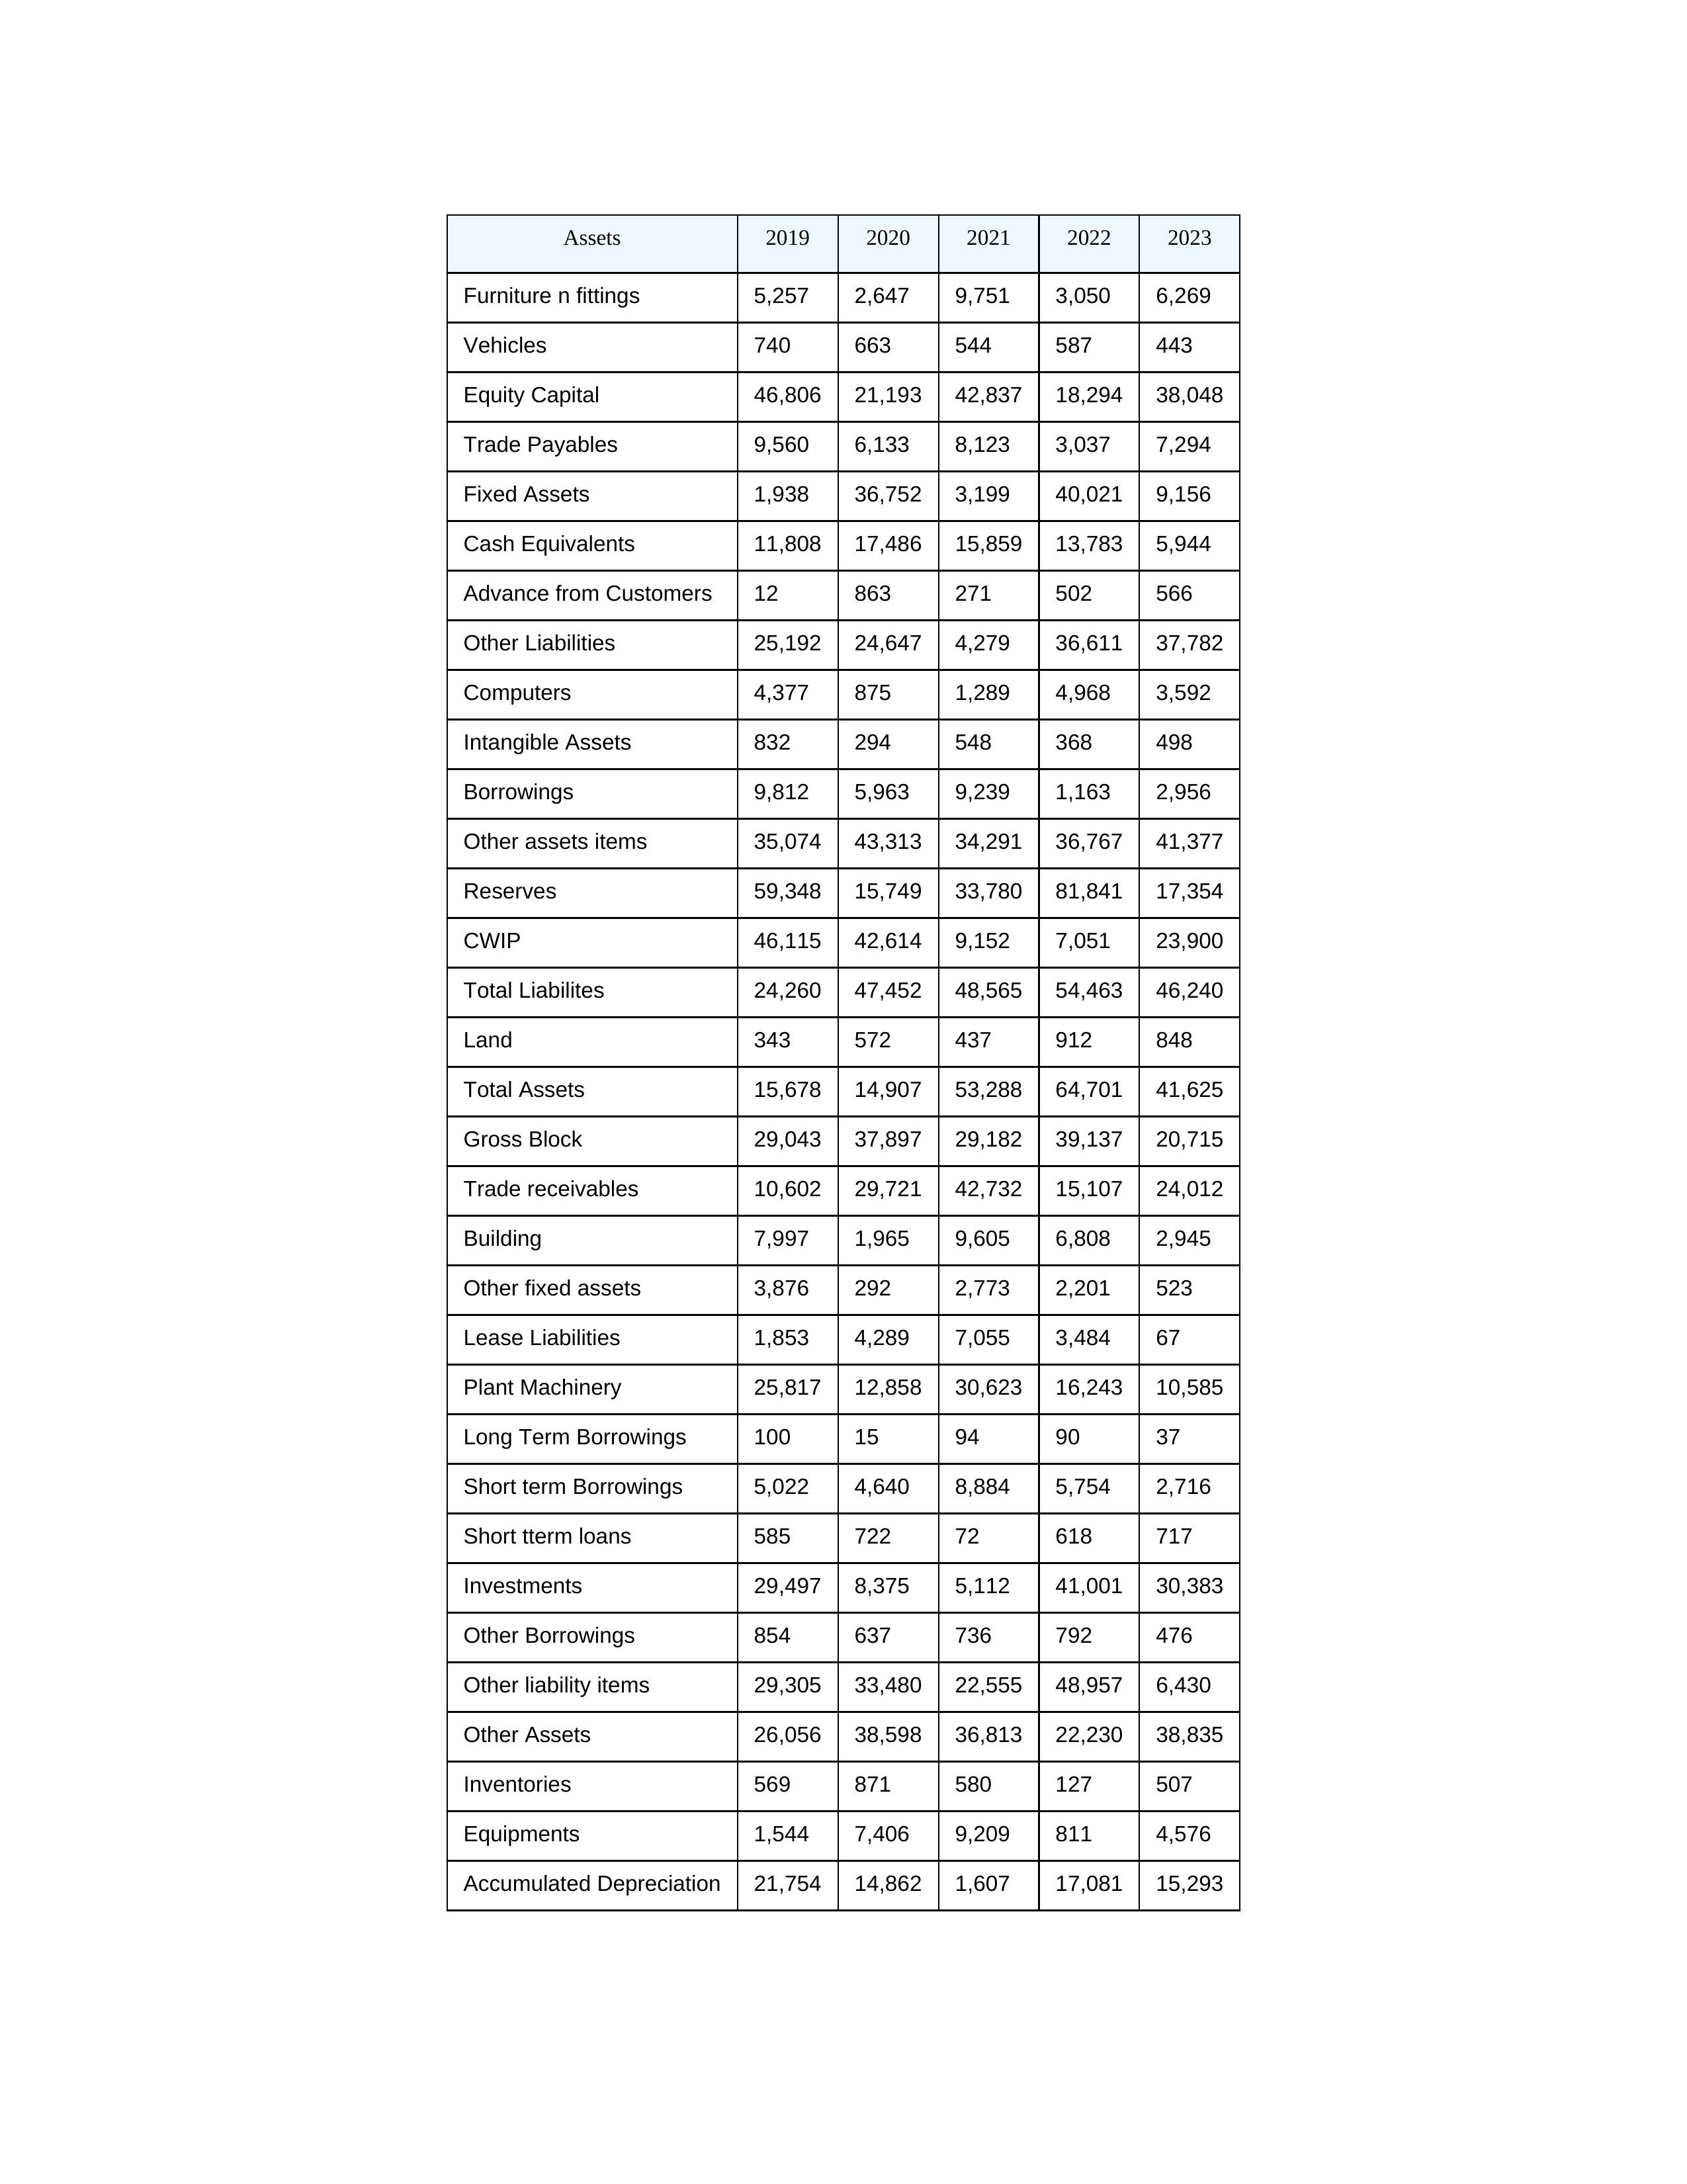
gt_parse: 2019: Equity Capital: 46,806
Reserves: 59,348
Borrowings: 9,812
Long Term Borrowings: 100
Short term Borrowings: 5,022
Lease Liabilities: 1,853
Other Borrowings: 854
Other Liabilities: 25,192
Trade Payables: 9,560
Advance from Customers: 12
Other liability items: 29,305
Total Liabilites: 24,260
Fixed Assets: 1,938
Land: 343
Building: 7,997
Plant Machinery: 25,817
Equipments: 1,544
Computers: 4,377
Furniture n fittings: 5,257
Vehicles: 740
Intangible Assets: 832
Other fixed assets: 3,876
Gross Block: 29,043
Accumulated Depreciation: 21,754
CWIP: 46,115
Investments: 29,497
Other Assets: 26,056
Inventories: 569
Trade receivables: 10,602
Cash Equivalents: 11,808
Short tterm loans: 585
Other assets items: 35,074
Total Assets: 15,678
2020: Equity Capital: 21,193
Reserves: 15,749
Borrowings: 5,963
Long Term Borrowings: 15
Short term Borrowings: 4,640
Lease Liabilities: 4,289
Other Borrowings: 637
Other Liabilities: 24,647
Trade Payables: 6,133
Advance from Customers: 863
Other liability items: 33,480
Total Liabilites: 47,452
Fixed Assets: 36,752
Land: 572
Building: 1,965
Plant Machinery: 12,858
Equipments: 7,406
Computers: 875
Furniture n fittings: 2,647
Vehicles: 663
Intangible Assets: 294
Other fixed assets: 292
Gross Block: 37,897
Accumulated Depreciation: 14,862
CWIP: 42,614
Investments: 8,375
Other Assets: 38,598
Inventories: 871
Trade receivables: 29,721
Cash Equivalents: 17,486
Short tterm loans: 722
Other assets items: 43,313
Total Assets: 14,907
2021: Equity Capital: 42,837
Reserves: 33,780
Borrowings: 9,239
Long Term Borrowings: 94
Short term Borrowings: 8,884
Lease Liabilities: 7,055
Other Borrowings: 736
Other Liabilities: 4,279
Trade Payables: 8,123
Advance from Customers: 271
Other liability items: 22,555
Total Liabilites: 48,565
Fixed Assets: 3,199
Land: 437
Building: 9,605
Plant Machinery: 30,623
Equipments: 9,209
Computers: 1,289
Furniture n fittings: 9,751
Vehicles: 544
Intangible Assets: 548
Other fixed assets: 2,773
Gross Block: 29,182
Accumulated Depreciation: 1,607
CWIP: 9,152
Investments: 5,112
Other Assets: 36,813
Inventories: 580
Trade receivables: 42,732
Cash Equivalents: 15,859
Short tterm loans: 72
Other assets items: 34,291
Total Assets: 53,288
2022: Equity Capital: 18,294
Reserves: 81,841
Borrowings: 1,163
Long Term Borrowings: 90
Short term Borrowings: 5,754
Lease Liabilities: 3,484
Other Borrowings: 792
Other Liabilities: 36,611
Trade Payables: 3,037
Advance from Customers: 502
Other liability items: 48,957
Total Liabilites: 54,463
Fixed Assets: 40,021
Land: 912
Building: 6,808
Plant Machinery: 16,243
Equipments: 811
Computers: 4,968
Furniture n fittings: 3,050
Vehicles: 587
Intangible Assets: 368
Other fixed assets: 2,201
Gross Block: 39,137
Accumulated Depreciation: 17,081
CWIP: 7,051
Investments: 41,001
Other Assets: 22,230
Inventories: 127
Trade receivables: 15,107
Cash Equivalents: 13,783
Short tterm loans: 618
Other assets items: 36,767
Total Assets: 64,701
2023: Equity Capital: 38,048
Reserves: 17,354
Borrowings: 2,956
Long Term Borrowings: 37
Short term Borrowings: 2,716
Lease Liabilities: 67
Other Borrowings: 476
Other Liabilities: 37,782
Trade Payables: 7,294
Advance from Customers: 566
Other liability items: 6,430
Total Liabilites: 46,240
Fixed Assets: 9,156
Land: 848
Building: 2,945
Plant Machinery: 10,585
Equipments: 4,576
Computers: 3,592
Furniture n fittings: 6,269
Vehicles: 443
Intangible Assets: 498
Other fixed assets: 523
Gross Block: 20,715
Accumulated Depreciation: 15,293
CWIP: 23,900
Investments: 30,383
Other Assets: 38,835
Inventories: 507
Trade receivables: 24,012
Cash Equivalents: 5,944
Short tterm loans: 717
Other assets items: 41,377
Total Assets: 41,625